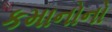
કમાનોનો